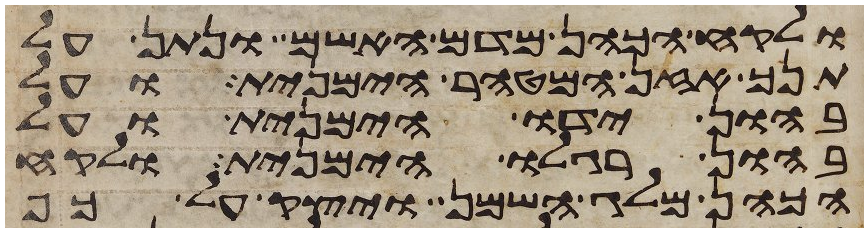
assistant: ולקח הכהן מדם האשם ונתן על
תנך אזן המטהר הימנית ועל
בהון ידו הימנית ועל
בהון רגלו הימנית ולקח
הכהן מלג השמן ויצק על כף